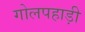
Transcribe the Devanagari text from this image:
गोलपहाड़ी